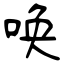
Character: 唤